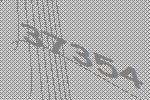
37354